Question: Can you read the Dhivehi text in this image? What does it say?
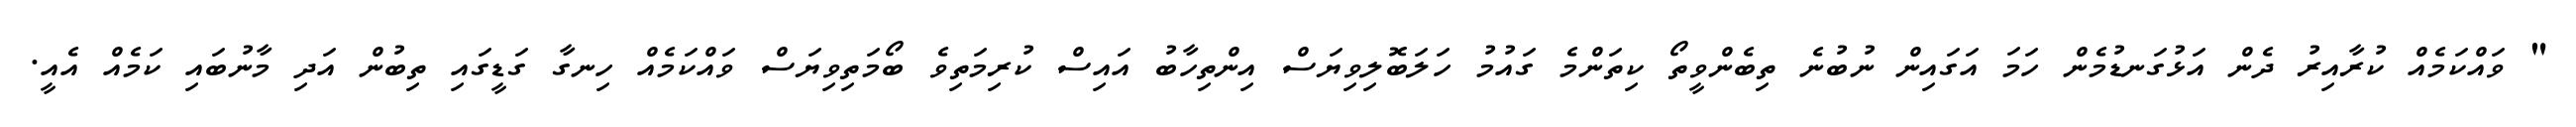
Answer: " ވައްކަމެއް ކުރާއިރު ދެން އަޅުގަނޑުމެން ހަމަ އަގައިން ނުބުނެ ތިބެންވީތޯ ކިތަންމެ ގައުމު ހަލަބޮލިވިޔަސް އިންތިހާބު އައިސް ކުރިމަތިވެ ބޯމަތިވިޔަސް ވައްކަމެއް ހިނގާ ގަޑީގައި ތިބުން އަދި މާނުބައި ކަމެއް އެއީ.